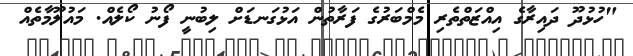
"ހުޅުދޫ ދައިރާގެ އިއްޒަތްތެރި މެމްބަރުގެ ފަރާތުން އަޅުގަނޑަށް ލިބުނީ ފޯނު ކޯލެއް. މައުލޫމާތެއް